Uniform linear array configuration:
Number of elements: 24
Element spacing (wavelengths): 0.75
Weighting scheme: binomial
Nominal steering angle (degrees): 15
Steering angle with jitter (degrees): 16.846
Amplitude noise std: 0.05
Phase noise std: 0.05

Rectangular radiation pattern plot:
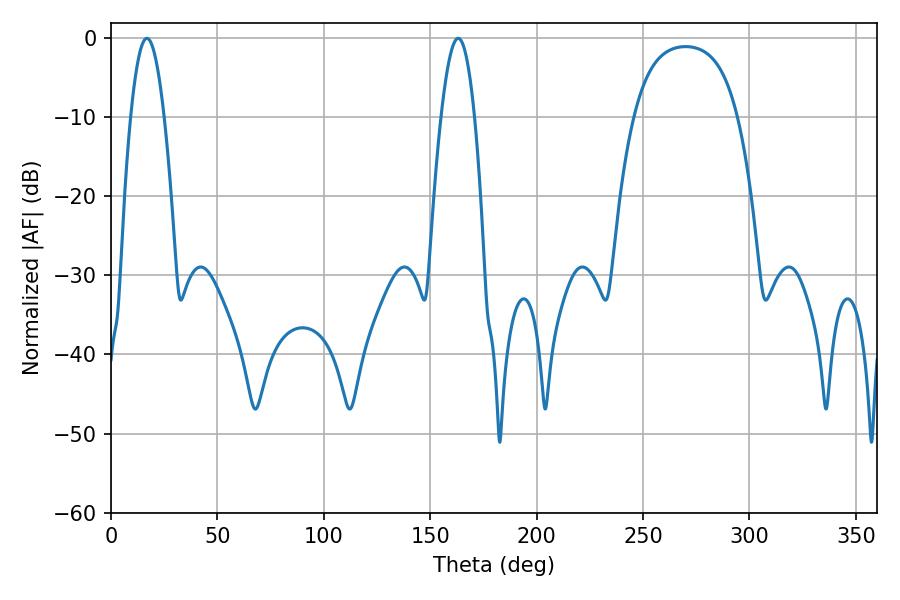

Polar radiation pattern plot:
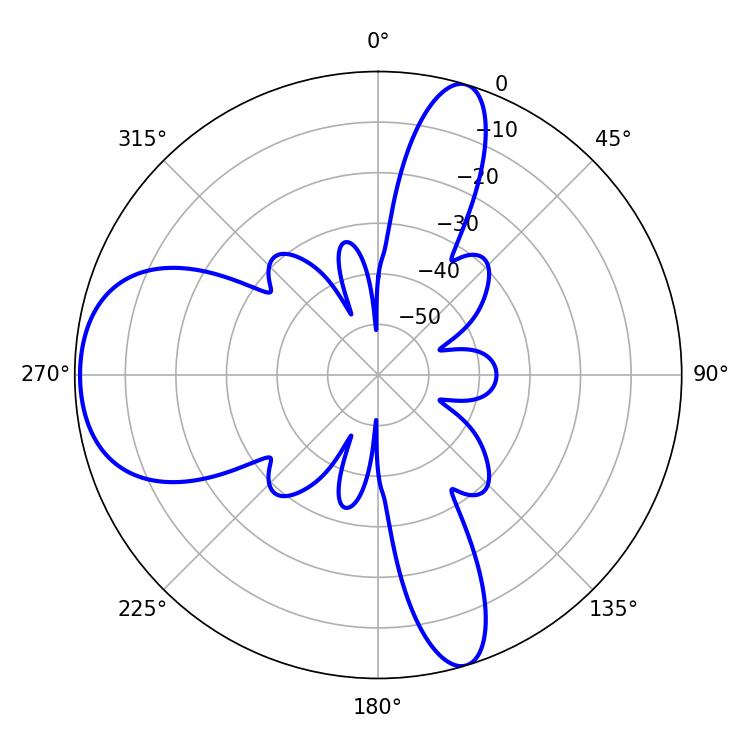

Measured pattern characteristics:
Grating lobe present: TRUE
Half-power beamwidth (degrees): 8.64
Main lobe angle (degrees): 16.92